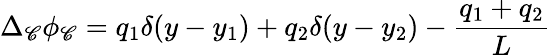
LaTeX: \Delta_{\mathscr{C}}\phi_{\mathscr{C}}=q_{1}\delta(y-y_{1})+q_{2}\delta(y-y_{2})-\frac{{q_{1}+q_{2}}}{{L}}